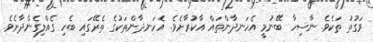
ވަގުތު ތަކެވެ. ނާސިހާ ބޭނުމީ އެހަނދާންތައް އާކުރާށެވެ. އެހަނދާންތަކުގެ ތެރޭގައި ބެހި ގެއްލިގެންދާށެވެ.